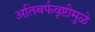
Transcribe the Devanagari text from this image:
अतिबर्फवृष्टीमुळे